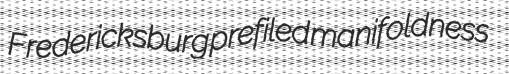
Fredericksburg prefiled manifoldness